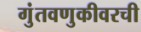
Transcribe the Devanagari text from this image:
गुंतवणुकीवरची